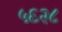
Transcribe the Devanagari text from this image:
५६२८